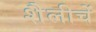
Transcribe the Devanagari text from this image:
शैलीचें